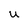
Character: u